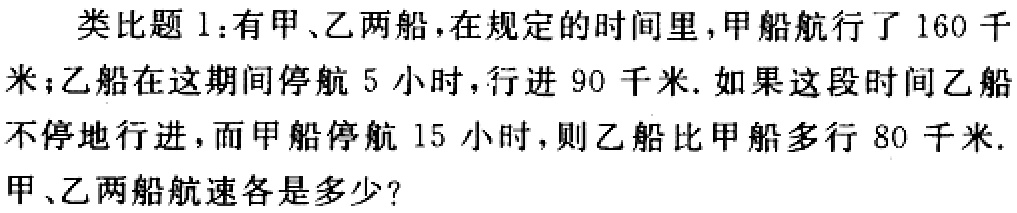
类比题1：有甲、乙两船，在规定的时间里，甲船航行了160千米；乙船在这期间停航5小时，行进90千米. 如果这段时间乙船不停地行进，而甲船停航15小时，则乙船比甲船多行80千米. 甲、乙两船航速各是多少？